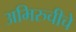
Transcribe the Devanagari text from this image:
अभिरुचीचे